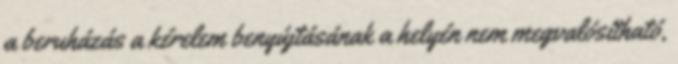
a beruházás a kérelem benyújtásának a helyén nem megvalósítható,